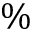
\%